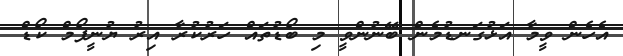
އެހެން ވީމާ އަޅުގަނޑުމެން ބޭނުންވީ މި ބޯޑުތައް ހަރުކުރާ އިރު ޔުނީފޯމް ކޯޑް